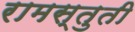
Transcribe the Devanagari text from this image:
रामस्तुती